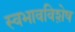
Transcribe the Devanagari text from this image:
स्वभावविशे़ष